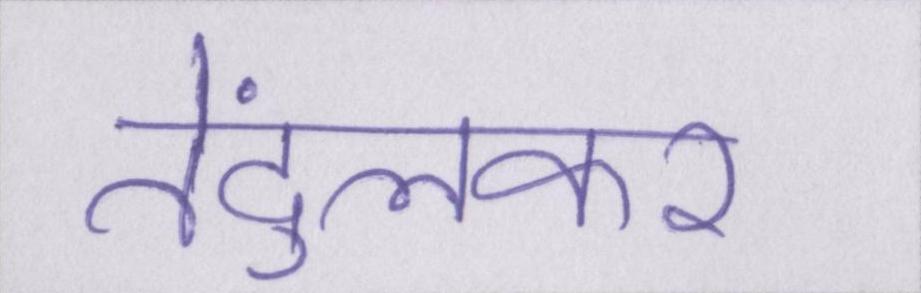
तेंदुलकर